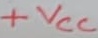
Text: +VCC